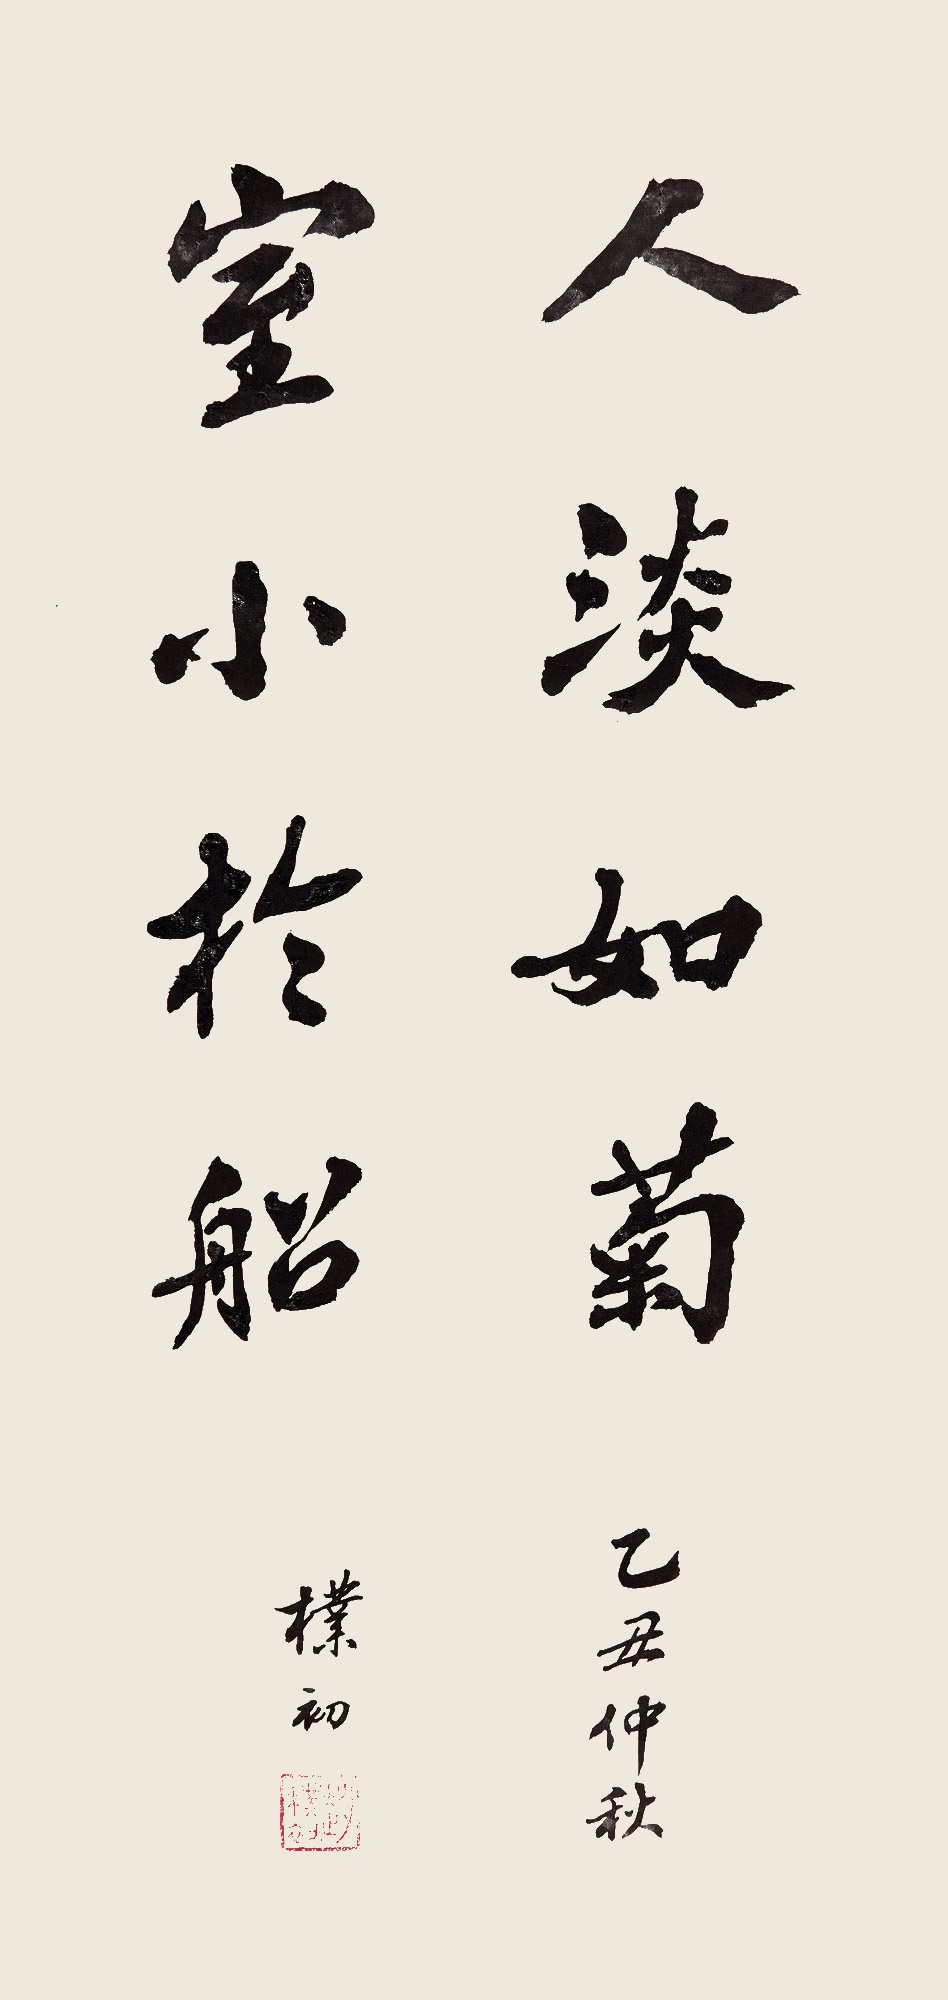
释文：人淡如菊，室小于船。乙丑仲秋，朴初。